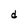
Character: d